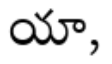
యా,